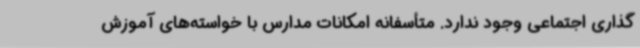
‌گذاری اجتماعی وجود ندارد. متأسفانه امکانات مدارس با خواسته‌های آموزش